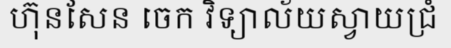
ហ៊ុនសែន ចេក វិទ្យាល័យស្វាយជ្រំ